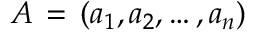
A \, = \, ( a _ { 1 } , a _ { 2 } , \dots , a _ { n } )